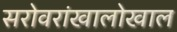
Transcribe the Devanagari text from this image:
सरोवरांखालोखाल